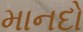
માનદો